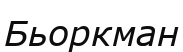
Бьоркман